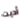
أديت